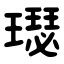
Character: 璱